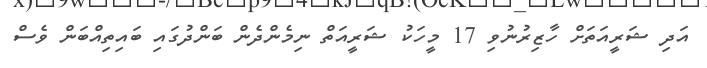
އަދި ޝަރީއަތަށް ހާޒިރުނުވި 17 މީހަކު ޝަރީއަތް ނިމެންދެން ބަންދުގައި ބައިތިއްބަން ވެސް